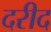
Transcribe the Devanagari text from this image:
दरीद